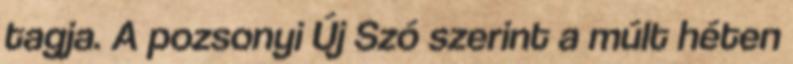
tagja. A pozsonyi Új Szó szerint a múlt héten